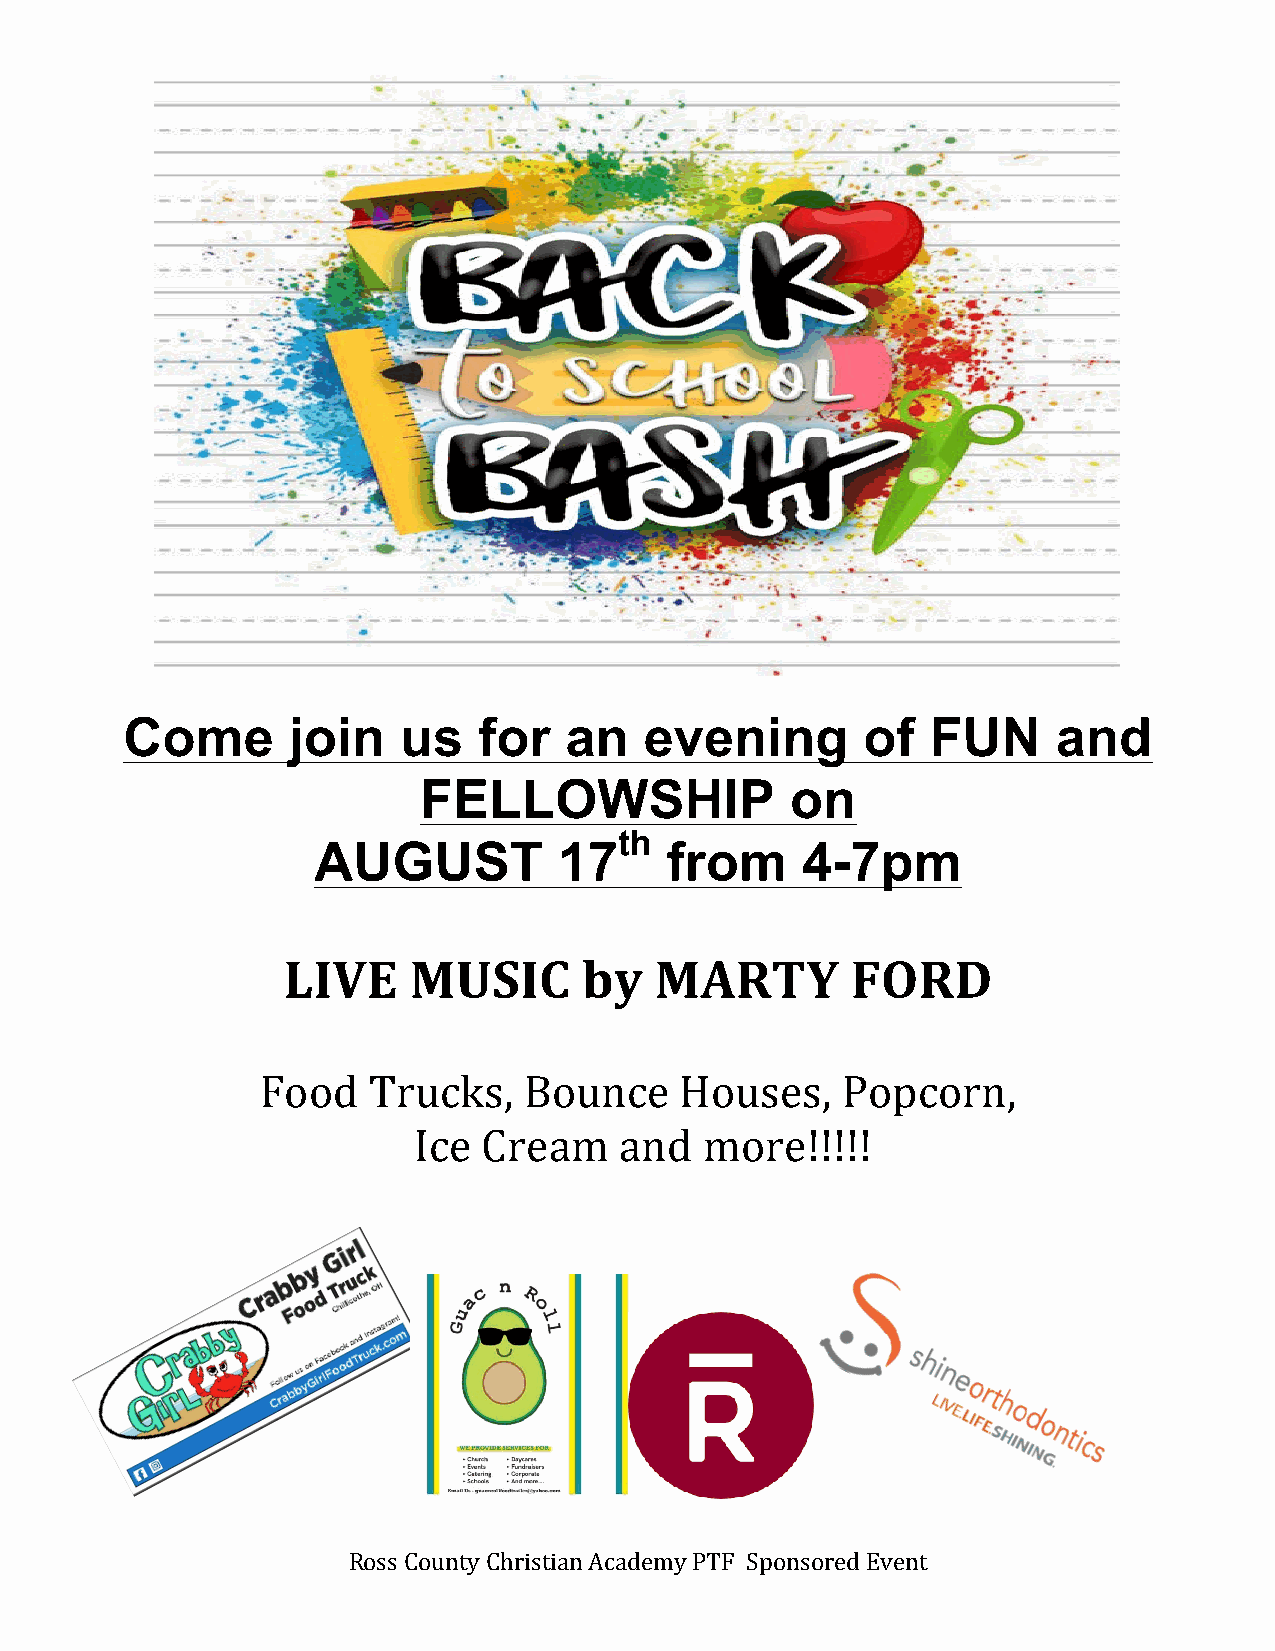
Come       join   us    for  an    evening       of   FUN     and
 FELLOWSHIP              on
 th
 AUGUST          17     from     4-7pm
 LIVE    MUSIC       by  MARTY        FORD
 Food   Trucks,    Bounce    Houses,    Popcorn,
 Ice  Cream    and   more!!!!!
 Ross County Christian Academy PTF Sponsored Event